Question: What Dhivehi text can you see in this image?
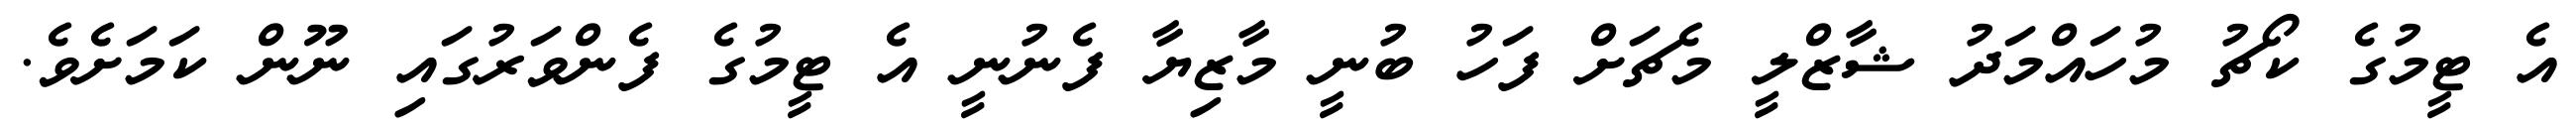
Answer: އެ ޓީމުގެ ކޯޗު މުހައްމަދު ޝާޒްލީ މެޗަށް ފަހު ބުނީ މާޒިޔާ ފެނުނީ އެ ޓީމުގެ ފެންވަރުގައި ނޫން ކަމަށެވެ.